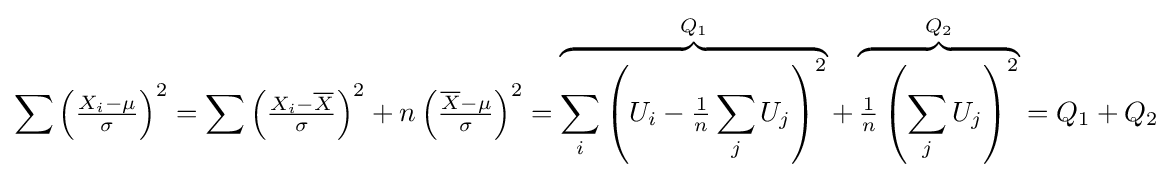
\sum \left({\tfrac {X_{i}-\mu }{\sigma }}\right)^{2}=\sum \left({\tfrac {X_{i}-{\overline {X}}}{\sigma }}\right)^{2}+n\left({\tfrac {{\overline {X}}-\mu }{\sigma }}\right)^{2}=\overbrace {\sum _{i}\left(U_{i}-{\tfrac {1}{n}}\sum _{j}{U_{j}}\right)^{2}} ^{Q_{1}}+\overbrace {{\tfrac {1}{n}}\left(\sum _{j}{U_{j}}\right)^{2}} ^{Q_{2}}=Q_{1}+Q_{2}